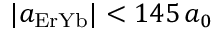
| a _ { \mathrm { E r Y b } } | < 1 4 5 \, a _ { 0 }